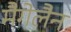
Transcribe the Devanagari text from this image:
मैगेलैन